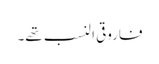
فاروقی النسب تھے۔